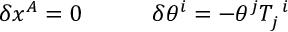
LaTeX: \begin{array} { c c } { { \delta x ^ { A } = 0 ~ ~ ~ } } & { { ~ ~ ~ \delta \theta ^ { i } = - \theta ^ { j } T _ { j } ^ { ~ i } } } \end{array}